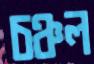
চঞ্চল